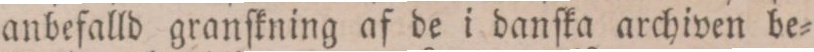
anbefalld granſkning af de i danſka archiven be=